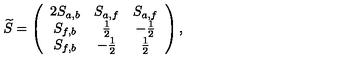
\widetilde { S } = \left( \begin{array} { c c c } { 2 S _ { a , b } } & { S _ { a , f } } & { S _ { a , f } } \\ { S _ { f , b } } & { \frac { 1 } { 2 } } & { - \frac { 1 } { 2 } } \\ { S _ { f , b } } & { - \frac { 1 } { 2 } } & { \frac { 1 } { 2 } } \\ \end{array} \right) ,